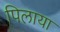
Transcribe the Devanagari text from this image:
पिलाया